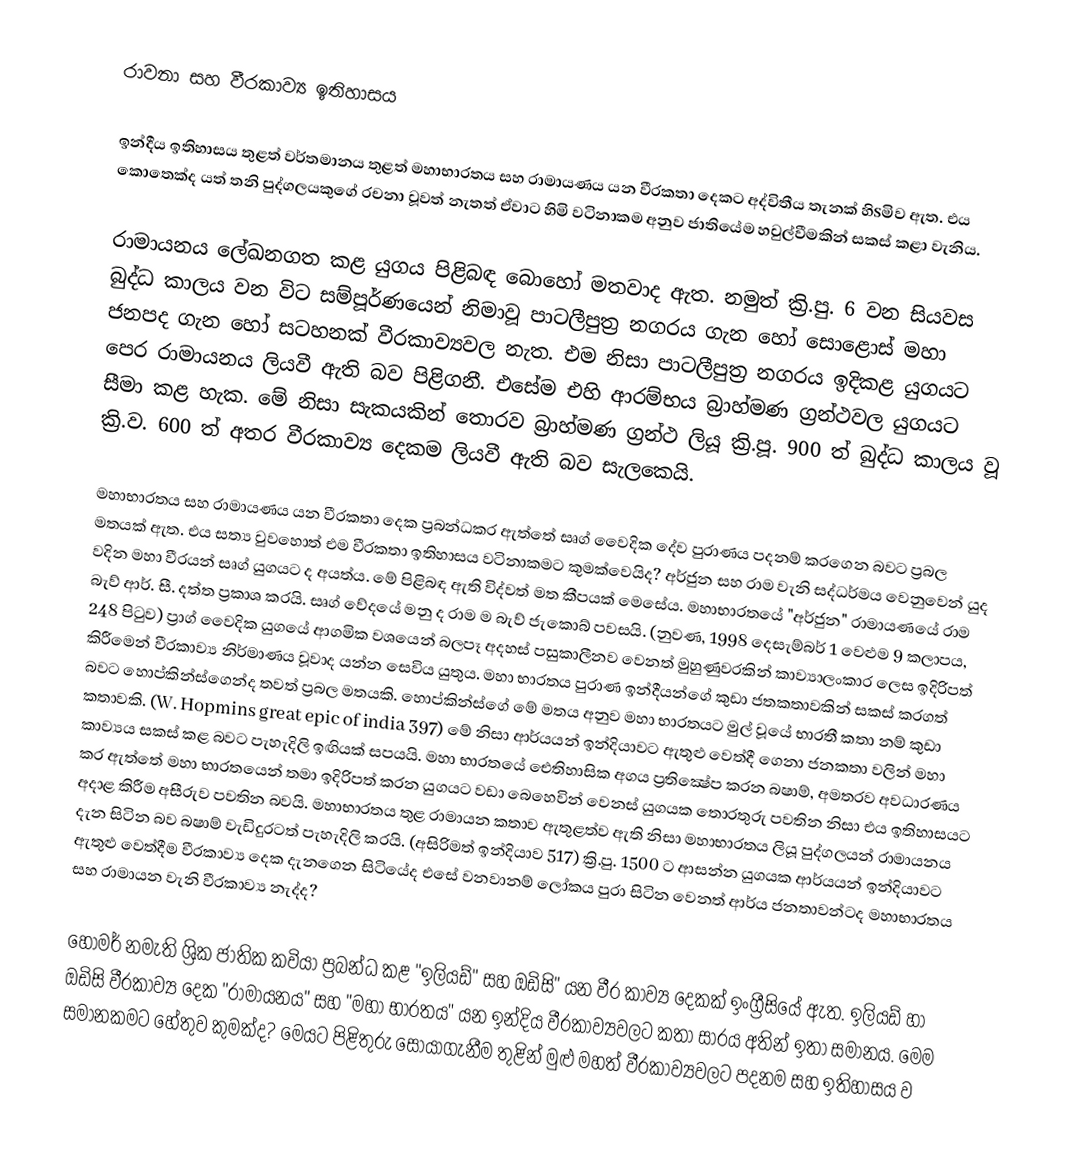
රාවනා සහ වීරකාව්‍ය ඉතිහාසය

ඉන්දීය ඉතිහාසය තුළත් වර්තමානය තුළත් මහාභාරතය සහ රාමායණය යන වීරකතා දෙකට අද්විතීය තැනක්‌ හිsමිව ඇත. එය කොතෙක්‌ද යත් තනි පුද්ගලයකුගේ රචනා වූවත් නැතත් ඒවාට හිමි වටිනාකම අනුව ජාතියේම හවුල්වීමකින් සකස්‌ කළා වැනිය.

රාමායනය ලේඛනගත කළ යුගය පිළිබඳ බොහෝ මතවාද ඇත. නමුත් ක්‍රි.පු. 6 වන සියවස බුද්ධ කාලය වන විට සම්පූර්ණයෙන් නිමාවූ පාටලීපුත්‍ර නගරය ගැන හෝ සොළොස්‌ මහා ජනපද ගැන හෝ සටහනක්‌ වීරකාව්‍යවල නැත. එම නිසා පාටලීපුත්‍ර නගරය ඉදිකළ යුගයට පෙර රාමායනය ලියවී ඇති බව පිළිගනී. එසේම එහි ආරම්භය බ්‍රාහ්මණ ග්‍රන්ථවල යුගයට සීමා කළ හැක. මේ නිසා සැකයකින් තොරව බ්‍රාහ්මණ ග්‍රන්ථ ලියූ ක්‍රි.පූ. 900 ත් බුද්ධ කාලය වූ ක්‍රි.ව. 600 ත් අතර වීරකාව්‍ය දෙකම ලියවී ඇති බව සැලකෙයි.

මහාභාරතය සහ රාමායණය යන වීරකතා දෙක ප්‍රබන්ධකර ඇත්තේ සෘග් වෛදික දේව පුරාණය පදනම් කරගෙන බවට ප්‍රබල මතයක්‌ ඇත. එය සත්‍ය වුවහොත් එම වීරකතා ඉතිහාසය වටිනාකමට කුමක්‌වෙයිද? අර්ජුන සහ රාම වැනි සද්ධර්මය වෙනුවෙන් යුද වදින මහා වීරයන් සෘග් යුගයට ද අයත්ය. මේ පිළිබඳ ඇති විද්වත් මත කීපයක්‌ මෙසේය. මහාභාරතයේ "අර්ජුන" රාමායණයේ රාම බැව් ආර්. සී. දත්ත ප්‍රකාශ කරයි. සෘග් වේදයේ මනු ද රාම ම බැව් ජැකොබ් පවසයි. (නුවණ, 1998 දෙසැම්බර් 1 වෙළුම 9 කලාපය, 248 පිටුව) ප්‍රාග් වෛදික යුගයේ ආගමික වශයෙන් බලපෑ අදහස්‌ පසුකාලීනව වෙනත් මුහුණුවරකින් කාව්‍යාලංකාර ලෙස ඉදිරිපත් කිරීමෙන් වීරකාව්‍ය නිර්මාණය වූවාද යන්න සෙවිය යුතුය. මහා භාරතය පුරාණ ඉන්දීයන්ගේ කුඩා ජතකතාවකින් සකස්‌ කරගත් බවට හොප්කින්ස්‌ගෙන්ද තවත් ප්‍රබල මතයකි. හොප්කින්ස්‌ගේ මේ මතය අනුව මහා භාරතයට මුල් වූයේ භාරතී කතා නම් කුඩා කතාවකි. (W. Hopmins great epic of india 397) මේ නිසා ආර්යයන් ඉන්දියාවට ඇතුළු වෙත්දී ගෙනා ජනකතා වලින් මහා කාව්‍යය සකස්‌ කළ බවට පැහැදිලි ඉඟියක්‌ සපයයි. මහා භාරතයේ ඓතිහාසික අගය ප්‍රතික්‍ෂේප කරන බෂාම්, අමතරව අවධාරණය කර ඇත්තේ මහා භාරතයෙන් තමා ඉදිරිපත් කරන යුගයට වඩා බෙහෙවින් වෙනස්‌ යුගයක තොරතුරු පවතින නිසා එය ඉතිහාසයට අදාළ කිරීම අසීරුව පවතින බවයි. මහාභාරතය තුළ රාමායන කතාව ඇතුළත්ව ඇති නිසා මහාභාරතය ලියූ පුද්ගලයන් රාමායනය දැන සිටින බව බෂාම් වැඩිදුරටත් පැහැදිලි කරයි. (අසිරිමත් ඉන්දියාව 517) ක්‍රි.පු. 1500 ට ආසන්න යුගයක ආර්යයන් ඉන්දියාවට ඇතුළු වෙත්දීම වීරකාව්‍ය දෙක දැනගෙන සිටියේද එසේ වනවානම් ලෝකය පුරා සිටින වෙනත් ආර්ය ජනතාවන්ටද මහාභාරතය සහ රාමායන වැනි වීරකාව්‍ය නැද්ද?

හෝමර් නමැති ශ්‍රික ජාතික කවියා ප්‍රබන්ධ කළ "ඉලියඩ්" සහ ඔඩිසි" යන වීර කාව්‍ය දෙකක්‌ ඉංග්‍රීසියේ ඇත. ඉලියඩ් හා ඔඩිසි වීරකාව්‍ය දෙක "රාමායනය" සහ "මහා භාරතය" යන ඉන්දිය වීරකාව්‍යවලට කතා සාරය අතින් ඉතා සමානය. මෙම සමානකමට හේතුව කුමක්‌ද? මෙයට පිළිතුරු සොයාගැනීම තුළින් මුළු මහත් වීරකාව්‍යවලට පදනම සහ ඉතිහාසය ව